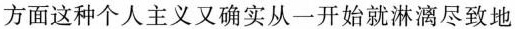
方面这种个人主义又确实从一开始就淋漓尽致地